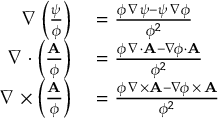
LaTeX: \begin{array} { r l } { \nabla \left( { \frac { \psi } { \phi } } \right) } & { { } = { \frac { \phi \, \nabla \psi - \psi \, \nabla \phi } { \phi ^ { 2 } } } } \\ { \nabla \cdot \left( { \frac { \mathbf { A } } { \phi } } \right) } & { { } = { \frac { \phi \, \nabla { \cdot } \mathbf { A } - \nabla \! \phi \cdot \mathbf { A } } { \phi ^ { 2 } } } } \\ { \nabla \times \left( { \frac { \mathbf { A } } { \phi } } \right) } & { { } = { \frac { \phi \, \nabla { \times } \mathbf { A } - \nabla \! \phi \, { \times } \, \mathbf { A } } { \phi ^ { 2 } } } } \end{array}